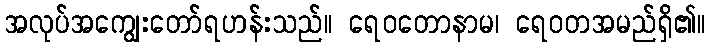
အလုပ်အကျွေးတော်ရဟန်းသည်။ ရေဝတောနာမ၊ ရေဝတအမည်ရှိ၏။